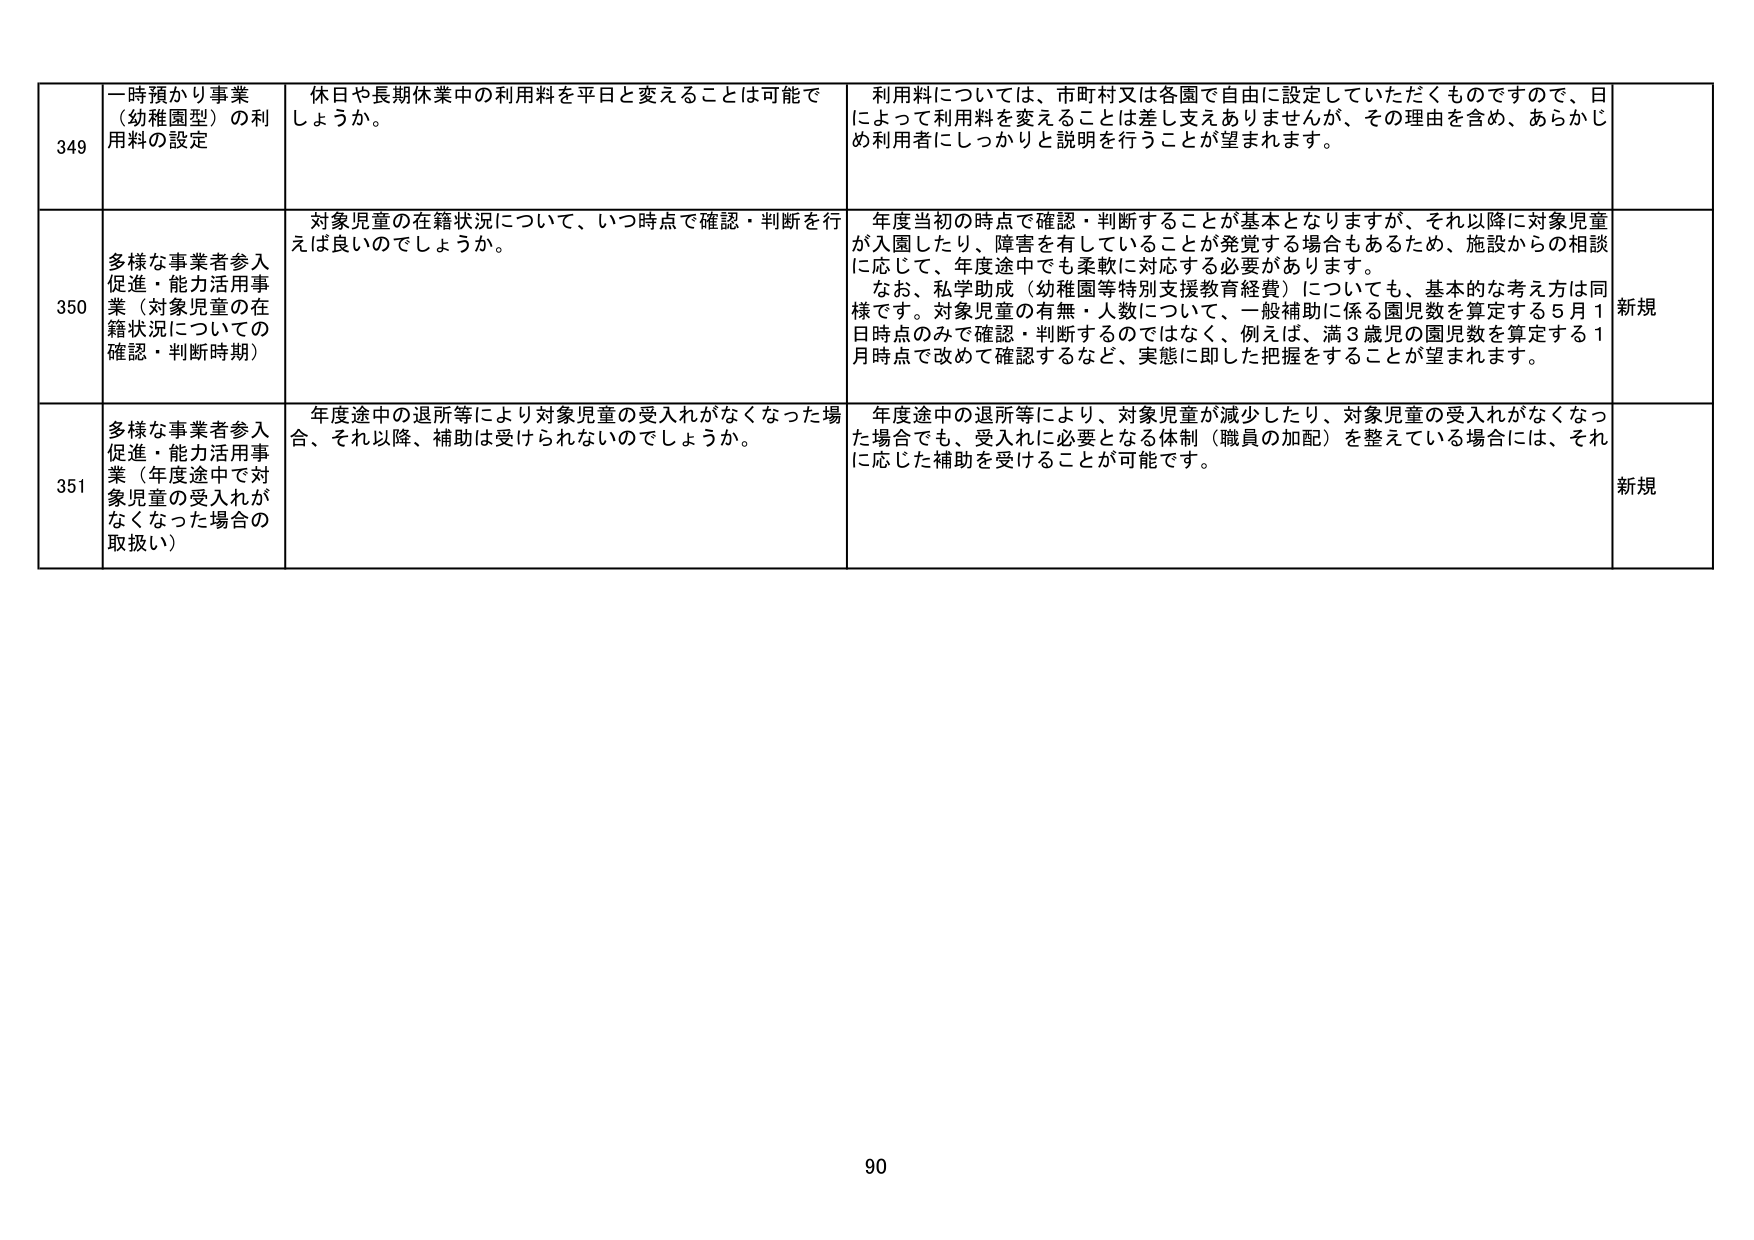
349 一時預かり事業（幼稚園型）の利用料の設定 休日や長期休業中の利用料を平日と変えることは可能でしょうか。 利用料については、市町村又は各園で自由に設定していただくものですので、日によって利用料を変えることは差し支えありませんが、その理由を含め、あらかじめ利用者にしっかりと説明を行うことが望まれます。

350 多様な事業者参入促進・能力活用事業（対象児童の在籍状況についての確認・判断時期） 対象児童の在籍状況について、いつ時点で確認・判断を行えば良いのでしょうか。 年度当初の時点で確認・判断することが基本となりますが、それ以降に対象児童が入園したり、障害を有していることが発覚する場合もあるため、施設からの相談に応じて、年度途中でも柔軟に対応する必要があります。 なお、私学助成（幼稚園等特別支援教育経費）についても、基本的な考え方は同様です。対象児童の有無・人数について、一般補助に係る園児数を算定する5月1日時点のみで確認・判断するのではなく、例えば、満3歳児の園児数を算定する1月時点で改めて確認するなど、実態に即した把握をすることが望まれます。 新規

351 多様な事業者参入促進・能力活用事業（年度途中で対象児童の受入れがなくなった場合の取扱い） 年度途中の退所等により対象児童の受入れがなくなった場合、それ以降、補助は受けられないのでしょうか。 年度途中の退所等により、対象児童が減少したり、対象児童の受入れがなくなった場合でも、受入れに必要となる体制（職員の加配）を整えている場合には、それに応じた補助を受けることが可能です。 新規

90